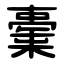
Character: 㯱